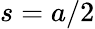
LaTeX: s=a/2